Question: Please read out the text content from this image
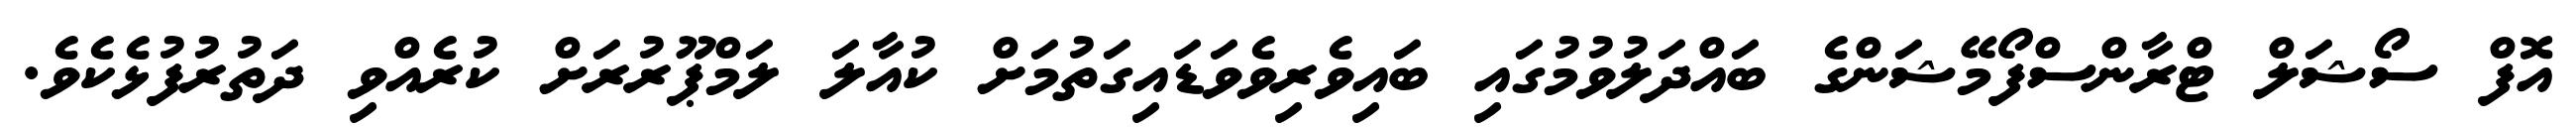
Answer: އޮފް ސޯޝަލް ޓްރާންސްފޯމޭޝަންގެ ބައްދަލުވުމުގައި ބައިވެރިވެވަޑައިގަތުމަށް ކުއާލަ ލަމްޕޫރުރަށް ކުރެއްވި ދަތުރުފުޅެކެވެ.